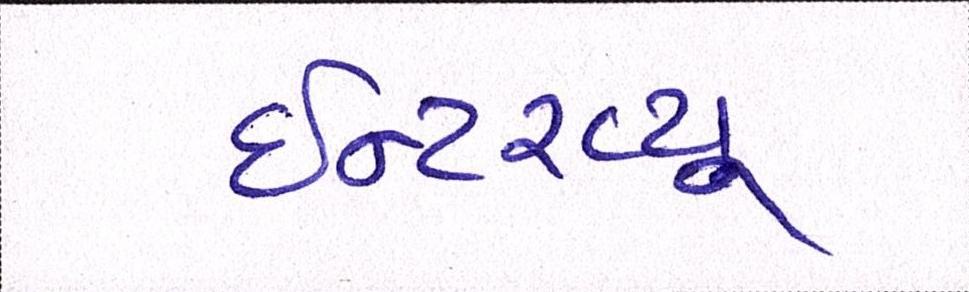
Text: ઈન્ટરવ્યૂ